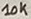
Text: 10K